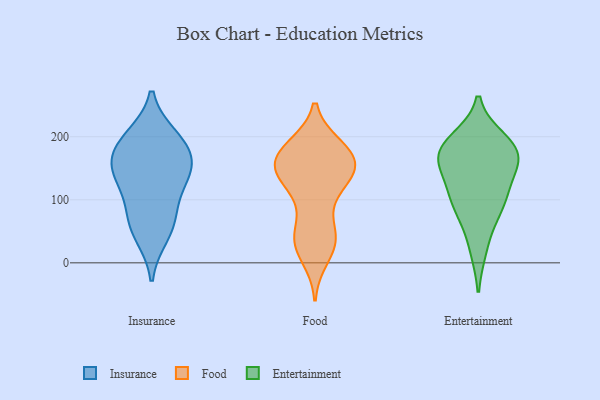
{"axis": {"x": "Satisfaction Score", "y": "Value"}, "legend": ["Entertainment", "Food", "Insurance"], "data": [{"x": "", "y": 199, "type": "Insurance"}, {"x": "", "y": 129, "type": "Insurance"}, {"x": "", "y": 161, "type": "Insurance"}, {"x": "", "y": 139, "type": "Insurance"}, {"x": "", "y": 180, "type": "Insurance"}, {"x": "", "y": 65, "type": "Insurance"}, {"x": "", "y": 143, "type": "Insurance"}, {"x": "", "y": 193, "type": "Insurance"}, {"x": "", "y": 79, "type": "Insurance"}, {"x": "", "y": 44, "type": "Insurance"}, {"x": "", "y": 179, "type": "Food"}, {"x": "", "y": 181, "type": "Food"}, {"x": "", "y": 42, "type": "Food"}, {"x": "", "y": 151, "type": "Food"}, {"x": "", "y": 159, "type": "Food"}, {"x": "", "y": 175, "type": "Food"}, {"x": "", "y": 38, "type": "Food"}, {"x": "", "y": 26, "type": "Food"}, {"x": "", "y": 101, "type": "Food"}, {"x": "", "y": 160, "type": "Food"}, {"x": "", "y": 127, "type": "Food"}, {"x": "", "y": 142, "type": "Food"}, {"x": "", "y": 183, "type": "Food"}, {"x": "", "y": 44, "type": "Food"}, {"x": "", "y": 166, "type": "Food"}, {"x": "", "y": 139, "type": "Food"}, {"x": "", "y": 122, "type": "Food"}, {"x": "", "y": 43, "type": "Food"}, {"x": "", "y": 152, "type": "Food"}, {"x": "", "y": 10, "type": "Food"}, {"x": "", "y": 81, "type": "Entertainment"}, {"x": "", "y": 94, "type": "Entertainment"}, {"x": "", "y": 126, "type": "Entertainment"}, {"x": "", "y": 182, "type": "Entertainment"}, {"x": "", "y": 24, "type": "Entertainment"}, {"x": "", "y": 165, "type": "Entertainment"}, {"x": "", "y": 194, "type": "Entertainment"}, {"x": "", "y": 169, "type": "Entertainment"}, {"x": "", "y": 103, "type": "Entertainment"}, {"x": "", "y": 158, "type": "Entertainment"}, {"x": "", "y": 181, "type": "Entertainment"}]}